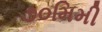
૭૦મિમી